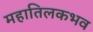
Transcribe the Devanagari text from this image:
महातिलकभव